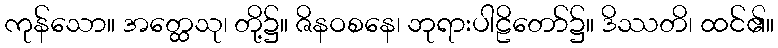
ကုန်သော။ အတ္ထေသု၊ တို့၌။ ဇိနဝစနေ၊ ဘုရားပါဠိတော်၌။ ဒိဿတိ၊ ထင်၏။